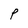
Character: P